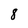
Character: 8